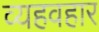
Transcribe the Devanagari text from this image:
व्यहवहार